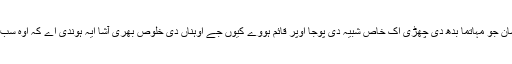
اوہ ہمیش ایہو جیہا اختیار پاون اوپر زور دیندے سان جو مہاتما بدھ دی چھڑی اک خاص شبیہ دی پوجا اوپر قائم ہووے کیوں جے اوہناں دی خلوص بھری آشا ایہ ہوندی اے کہ اوہ سب دے بھلے لئی گیان پاون دی پوجا وچ رجھ جاون۔